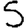
Digit: 5